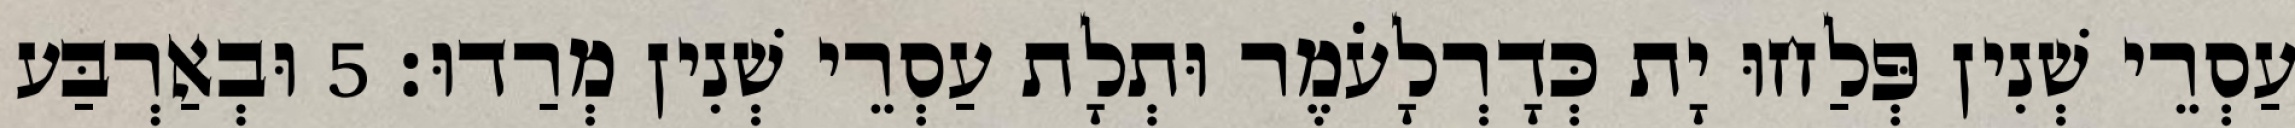
עַסְרֵי שְׁנִין פְּלַחוּ יָת כְּדָרְלָעֹמֶר וּתְלָת עַסְרֵי שְׁנִין מְרַדוּ׃ 5 וּבְאַרְבַּע